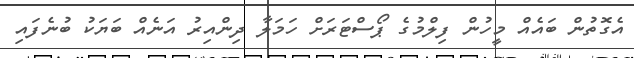
އެގޮތުން ބައެއް މީހުން ފިލްމުގެ ޕޯސްޓަރަށް ހަމަލާ ދިންއިރު އަނެއް ބަޔަކު ބުނެފައި